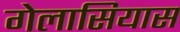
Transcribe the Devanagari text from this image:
गेलासियास